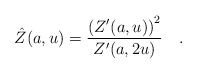
\begin{align*} \hat Z(a,u)=\frac{\left(Z'(a,u)\right)^2}{Z'(a,2u)}\quad.\end{align*}